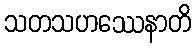
သတသဟဿေနာတိ